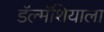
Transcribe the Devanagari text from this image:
डॅल्मॅशियाला